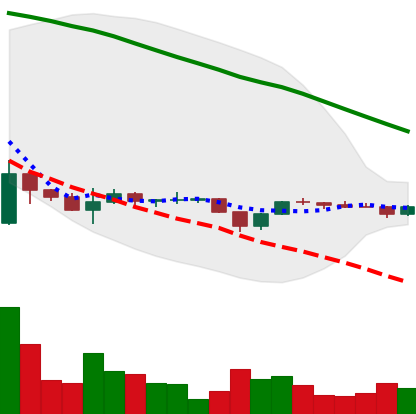
Ticker: BTC-USD
Chart end date: 2022-11-29
Forward return: 4.168%
Label: up_3_5